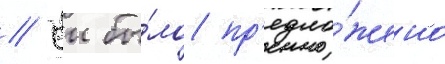
// Еи бы́ло пр'едло́жено